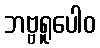
ဘဗ္ဗရူပေါဝ